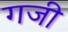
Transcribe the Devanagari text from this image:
गजी